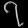
Digit: ၇